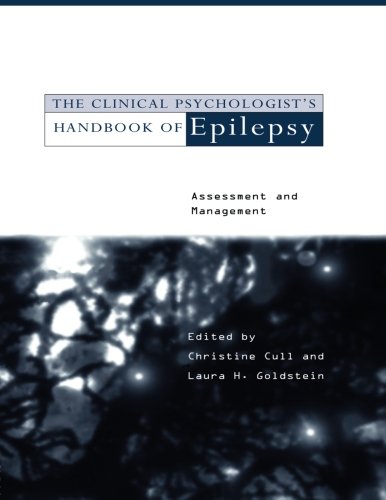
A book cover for The Clinical Psychologist's Handbook of Epilepsy: Assessment and Management; Health, Fitness & Dieting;